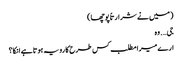
( میں نے شرارتاً پوچھا )
جی…. وہ
ارے میرا مطلب کس طرح کا رویہ ہوتا ہے انکا ؟